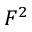
F ^ { 2 }